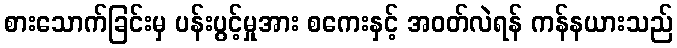
စားသောက်ခြင်းမှ ပန်းပွင့်မှုအား စကေးနှင့် အဝတ်လဲရန် ကန်နယားသည်